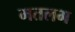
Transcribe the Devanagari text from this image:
मतलभ